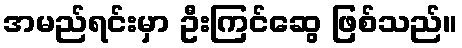
အမည်ရင်းမှာ ဦးကြင်ဆွေ ဖြစ်သည်။